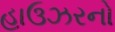
હાઉઝરનો